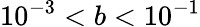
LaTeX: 10^{-3}<b<10^{-1}